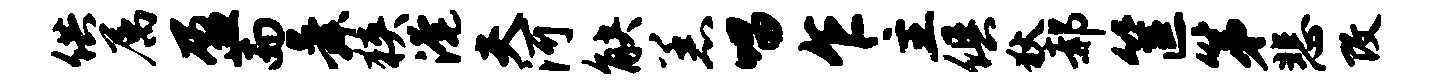
供属盈而舜狭淹夫河觖恙唱乍主俱狄郝筐第悲改